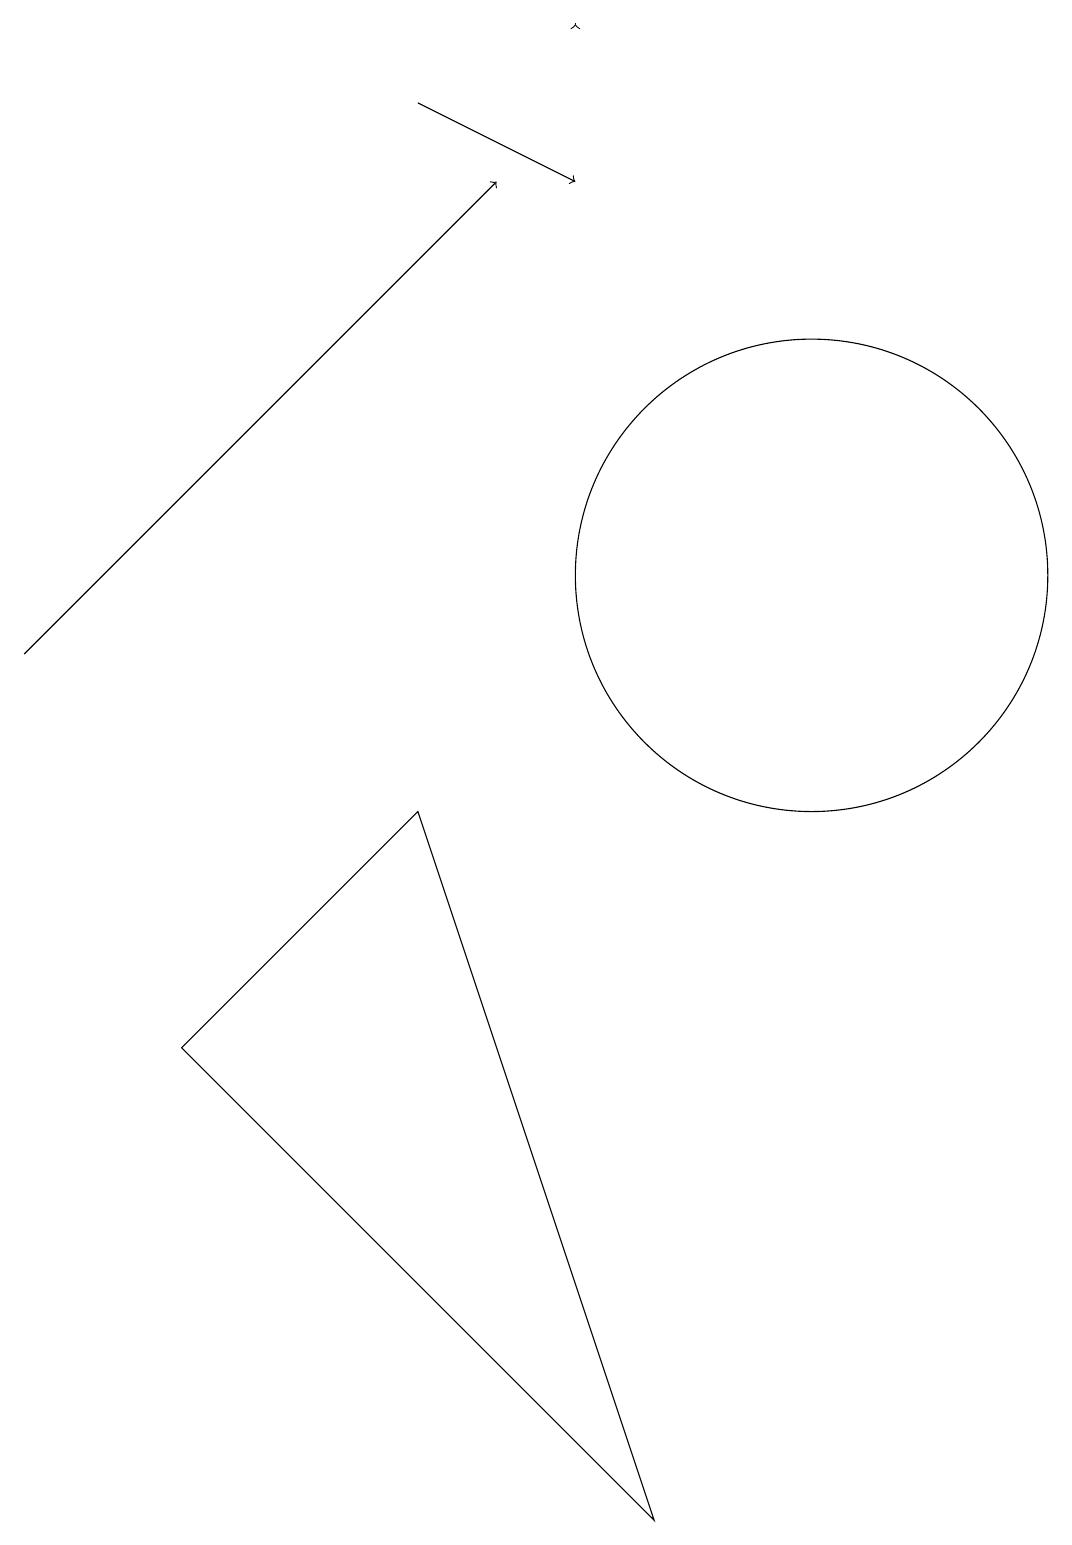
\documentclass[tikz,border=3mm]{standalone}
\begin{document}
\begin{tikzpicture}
\draw (3,6) -- (6,9) -- (9,0) -- cycle;
\draw[->] (8,19) -- (8,19);
\draw (11,12) circle (3);
\draw[->] (6,18) -- (8,17);
\draw[->] (1,11) -- (7,17);
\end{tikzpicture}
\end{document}